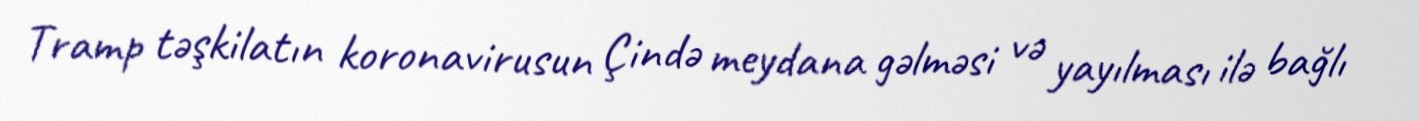
Tramp təşkilatın koronavirusun Çində meydana gəlməsi və yayılması ilə bağlı